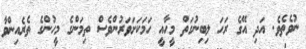
ނުވެތެވެ. އަދި އޭގެ ރަހަ ލިބިނުގަތް މީހާއީ ހަމަކަށަވަރުންވެސް ތިމަންގެ މީހުންގެ ތެރެއިންވާ